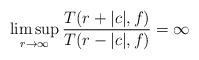
LaTeX: \begin{align*} \limsup_{r\rightarrow\infty}\frac{T(r+|c|,f)}{T(r-|c|,f)}=\infty \end{align*}